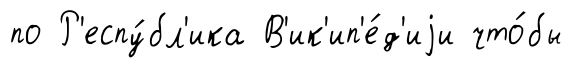
по Р'еспу́бл'ика В'ик'ип'е́д'иjи что́бы